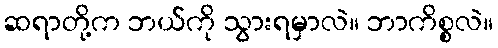
ဆရာတို့က ဘယ်ကို သွားရမှာလဲ။ ဘာကိစ္စလဲ။